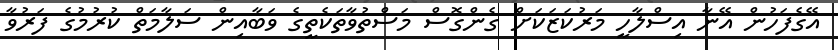
އޭގެފަހުން އޭނާ އިސްލާހީ މަރުކަޒަކަށް ގެންގޮސް މަސްތުވާތަކެތީގެ ވަބާއިން ސަލާމަތް ކުރުމުގެ ފަރުވާ